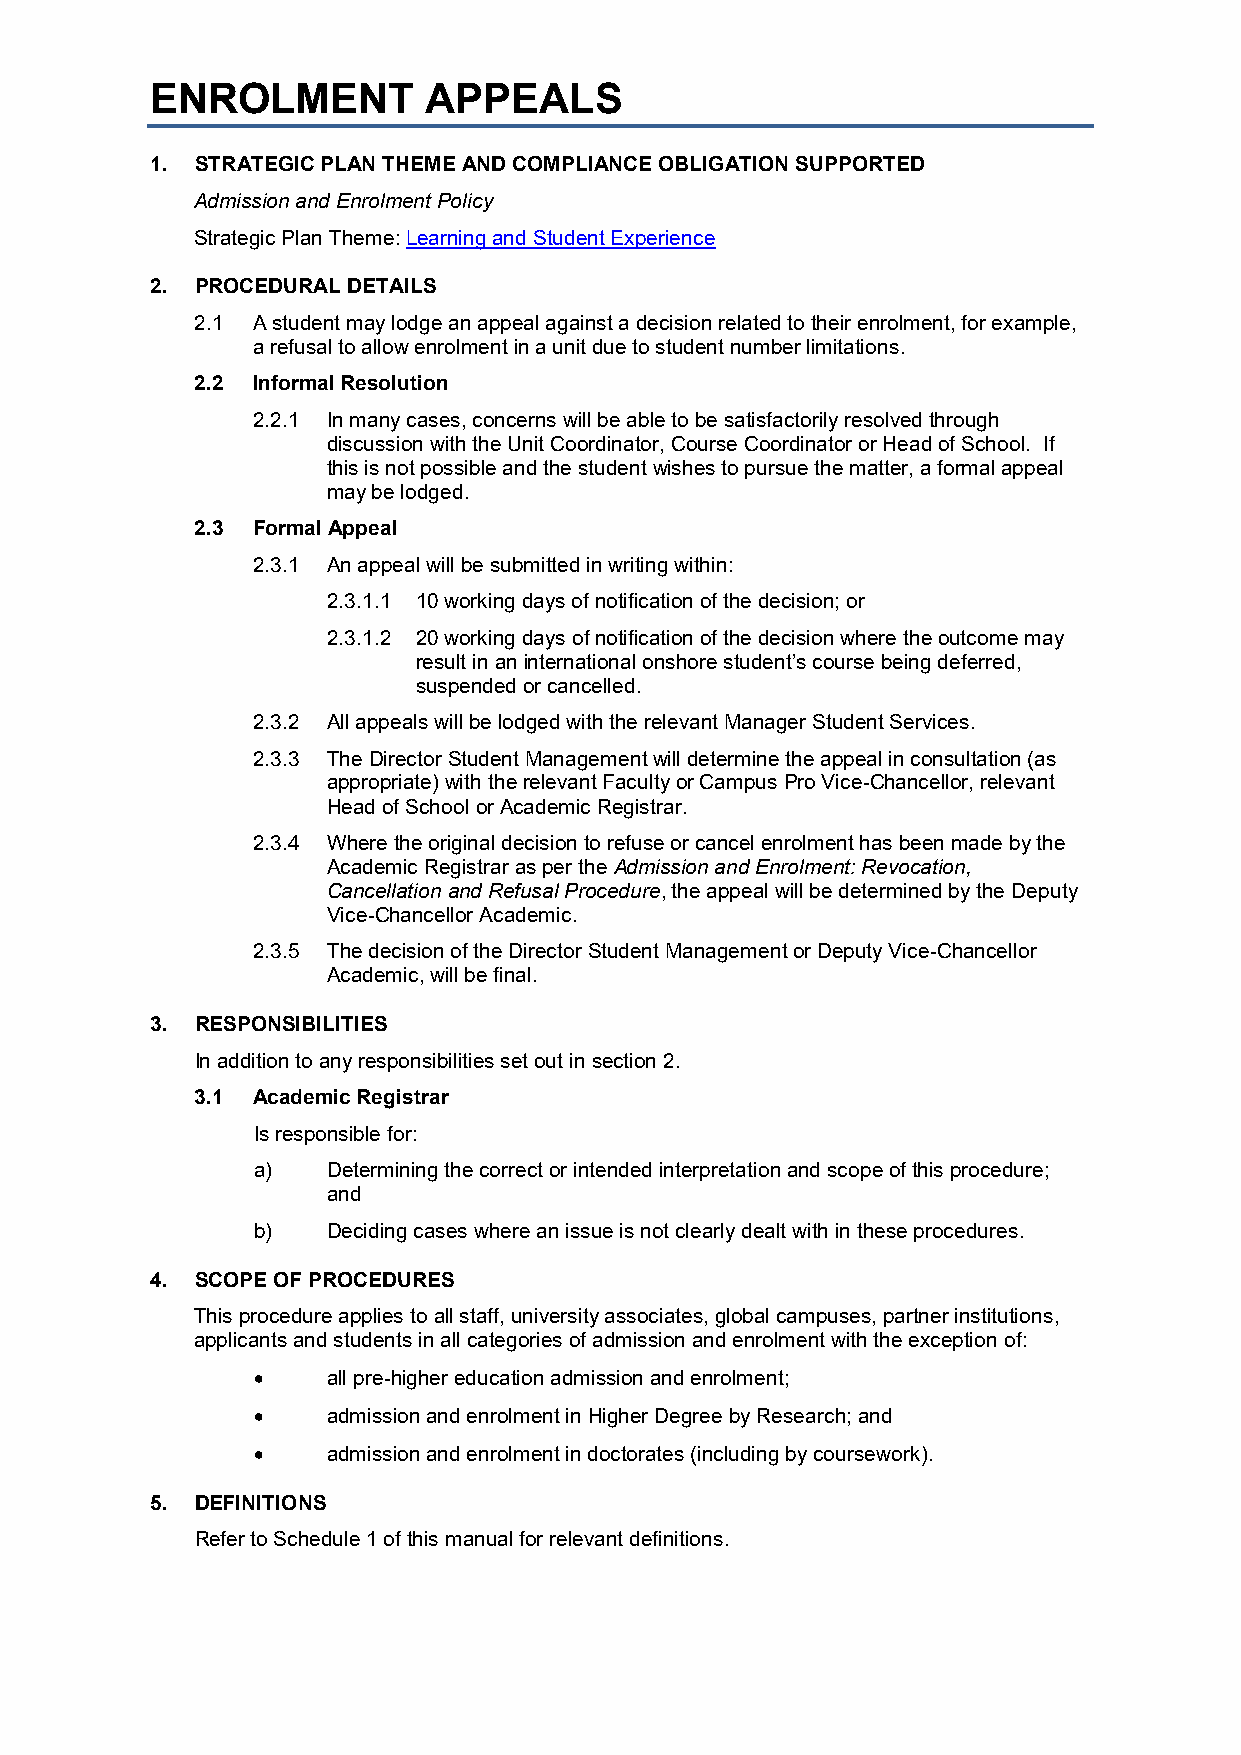
ENROLMENT         APPEALS
 1. STRATEGIC PLAN THEME AND COMPLIANCE OBLIGATION SUPPORTED
 Admission and Enrolment Policy
 Strategic Plan Theme: Learning and Student Experience
 2. PROCEDURAL DETAILS
 2.1 A student may lodge an appeal against a decision related to their enrolment, for example,
 a refusal to allow enrolment in a unit due to student number limitations.
 2.2 Informal Resolution
 2.2.1 In many cases, concerns will be able to be satisfactorily resolved through
 discussion with the Unit Coordinator, Course Coordinator or Head of School. If
 this is not possible and the student wishes to pursue the matter, a formal appeal
 may be lodged.
 2.3 Formal Appeal
 2.3.1 An appeal will be submitted in writing within:
 2.3.1.1 10 working days of notification of the decision; or
 2.3.1.2 20 working days of notification of the decision where the outcome may
 result in an international onshore student’s course being deferred,
 suspended or cancelled.
 2.3.2 All appeals will be lodged with the relevant Manager Student Services.
 2.3.3 The Director Student Management will determine the appeal in consultation (as
 appropriate) with the relevant Faculty or Campus Pro Vice-Chancellor, relevant
 Head of School or Academic Registrar.
 2.3.4 Where the original decision to refuse or cancel enrolment has been made by the
 Academic Registrar as per the Admission and Enrolment: Revocation,
 Cancellation and Refusal Procedure, the appeal will be determined by the Deputy
 Vice-Chancellor Academic.
 2.3.5 The decision of the Director Student Management or Deputy Vice-Chancellor
 Academic, will be final.
 3. RESPONSIBILITIES
 In addition to any responsibilities set out in section 2.
 3.1 Academic Registrar
 Is responsible for:
 a)   Determining the correct or intended interpretation and scope of this procedure;
 and
 b)   Deciding cases where an issue is not clearly dealt with in these procedures.
 4. SCOPE OF PROCEDURES
 This procedure applies to all staff, university associates, global campuses, partner institutions,
 applicants and students in all categories of admission and enrolment with the exception of:
 •    all pre-higher education admission and enrolment;
 •    admission and enrolment in Higher Degree by Research; and
 •    admission and enrolment in doctorates (including by coursework).
 5. DEFINITIONS
 Refer to Schedule 1 of this manual for relevant definitions.